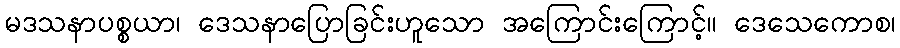
မဒသနာပစ္စယာ၊ ဒေသနာပြောခြင်းဟူသော အကြောင်းကြောင့်။ ဒေသေကောစ၊